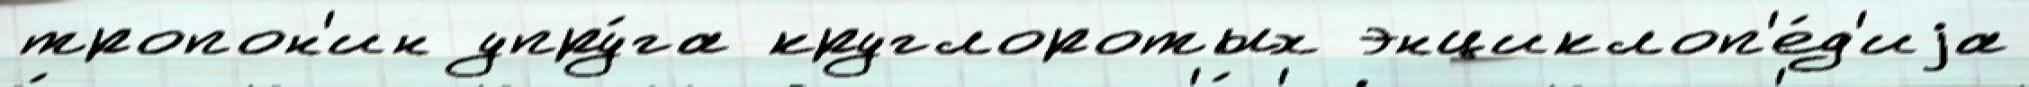
тропон'ин упру́га круглоротых энциклоп'е́д'иjа